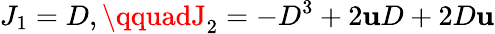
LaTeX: J_{1}=D,\qquadJ_{2}=-D^{3}+2\mathbf{u}D+2D\mathbf{u}